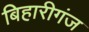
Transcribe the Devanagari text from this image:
बिहारीगंज